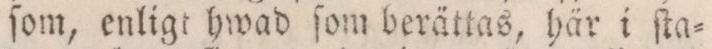
ſom, enligt hwad ſom berättas, här i ſta=